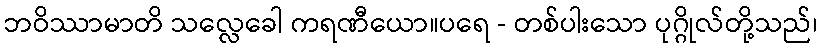
ဘဝိဿာမာတိ သလ္လေခေါ ကရဏီယော။ပရေ - တစ်ပါးသော ပုဂ္ဂိုလ်တို့သည်၊